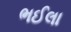
ભઈલા